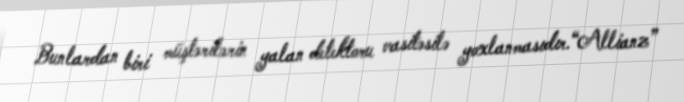
Bunlardan biri müştərilərin yalan detektoru vasitəsilə yoxlanmasıdır.“Allianz”